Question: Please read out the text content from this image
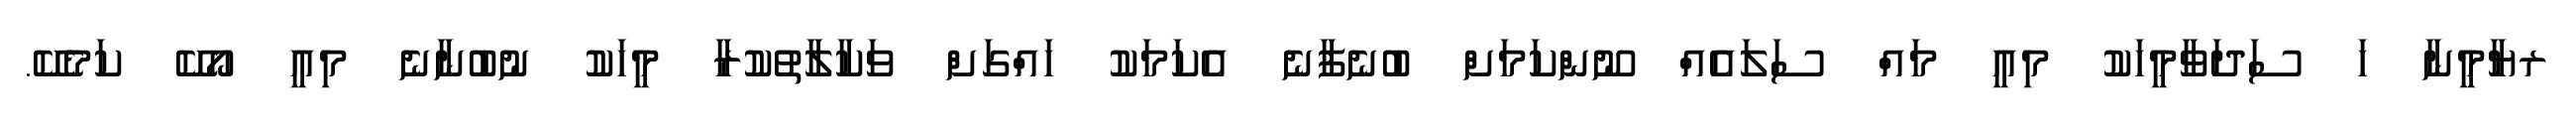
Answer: ރޔާމީނާ ހަ ސަދަވާމީހަކު މިއީ މައް ސަލައެއް ނޫންކަމަށް ބުނެފާނެ އެކަމަކު ހައްގަށް ވަކާލާތުކުރާ މީހަކު ނުބުނާނެ މިއީ އޯކޭ ކަމެކޭ.